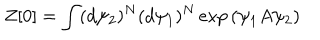
Z [ 0 ] = \int ( d \psi _ { 2 } ) ^ { N } ( d \psi _ { 1 } ) ^ { N } \exp { \left( \psi _ { 1 } A \psi _ { 2 } \right) }